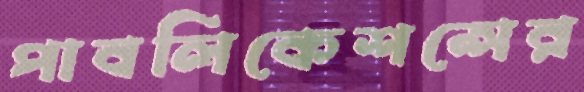
পাবলিকেশন্সের